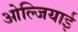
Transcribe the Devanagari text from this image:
ओल्जियाई